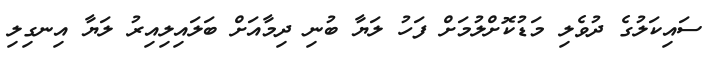
ސައިކަލުގެ ދުވެލި މަޑުކޮށްލުމަށް ފަހު ލަޔާ ބުނި ދިމާއަށް ބަލައިލިއިރު ލަޔާ އިނގިލި